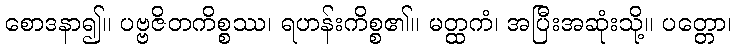
စောဒနာ၍။ ပဗ္ဗဇိတကိစ္စဿ၊ ရဟန်းကိစ္စ၏။ မတ္ထကံ၊ အပြီးအဆုံးသို့။ ပတ္တော၊